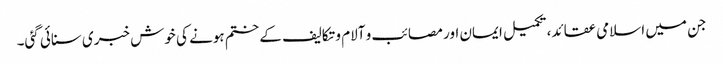
جن میں اسلامی عقائد، تکمیل ایمان اور مصائب و آلام و تکالیف کے ختم ہونے کی خوش خبری سنائی گئی۔